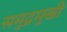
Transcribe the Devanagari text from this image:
समुद्रमुखी